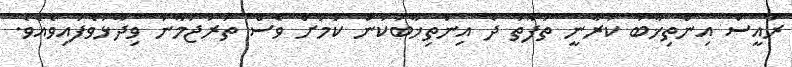
ރައީސް އިންތިޚާބު ކުރާނީ ތަފާތު ދެ އިންތިޚާބަކުން ކަމަށް ވެސް ތަރުޖަމާނު ވިދާޅުވެފައިވެއެވެ.